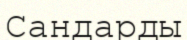
Сандарды